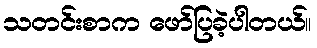
သတင်းစာက ဖော်ပြခဲ့ပါတယ်။